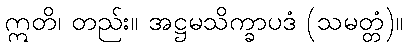
ဣတိ၊ တည်း။ အဋ္ဌမသိက္ခာပဒံ (သမတ္တံ)။